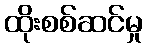
ထိုးစစ်ဆင်မှု